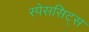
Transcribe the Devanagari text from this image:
स्पेससिट्स